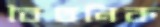
বৈতনিক